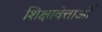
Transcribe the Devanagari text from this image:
शिक्षावेत्ताओं